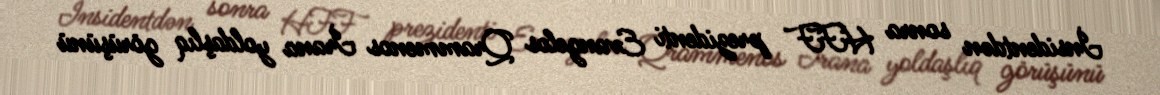
İnsidentdən sonra HFF prezidenti Evangelos Qrammenos İrana yoldaşlıq görüşünü